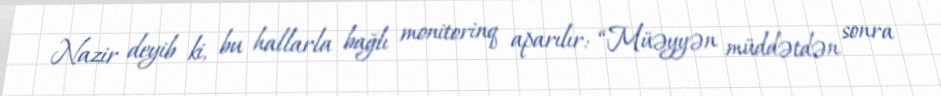
Nazir deyib ki, bu hallarla bağlı monitorinq aparılır: “Müəyyən müddətdən sonra